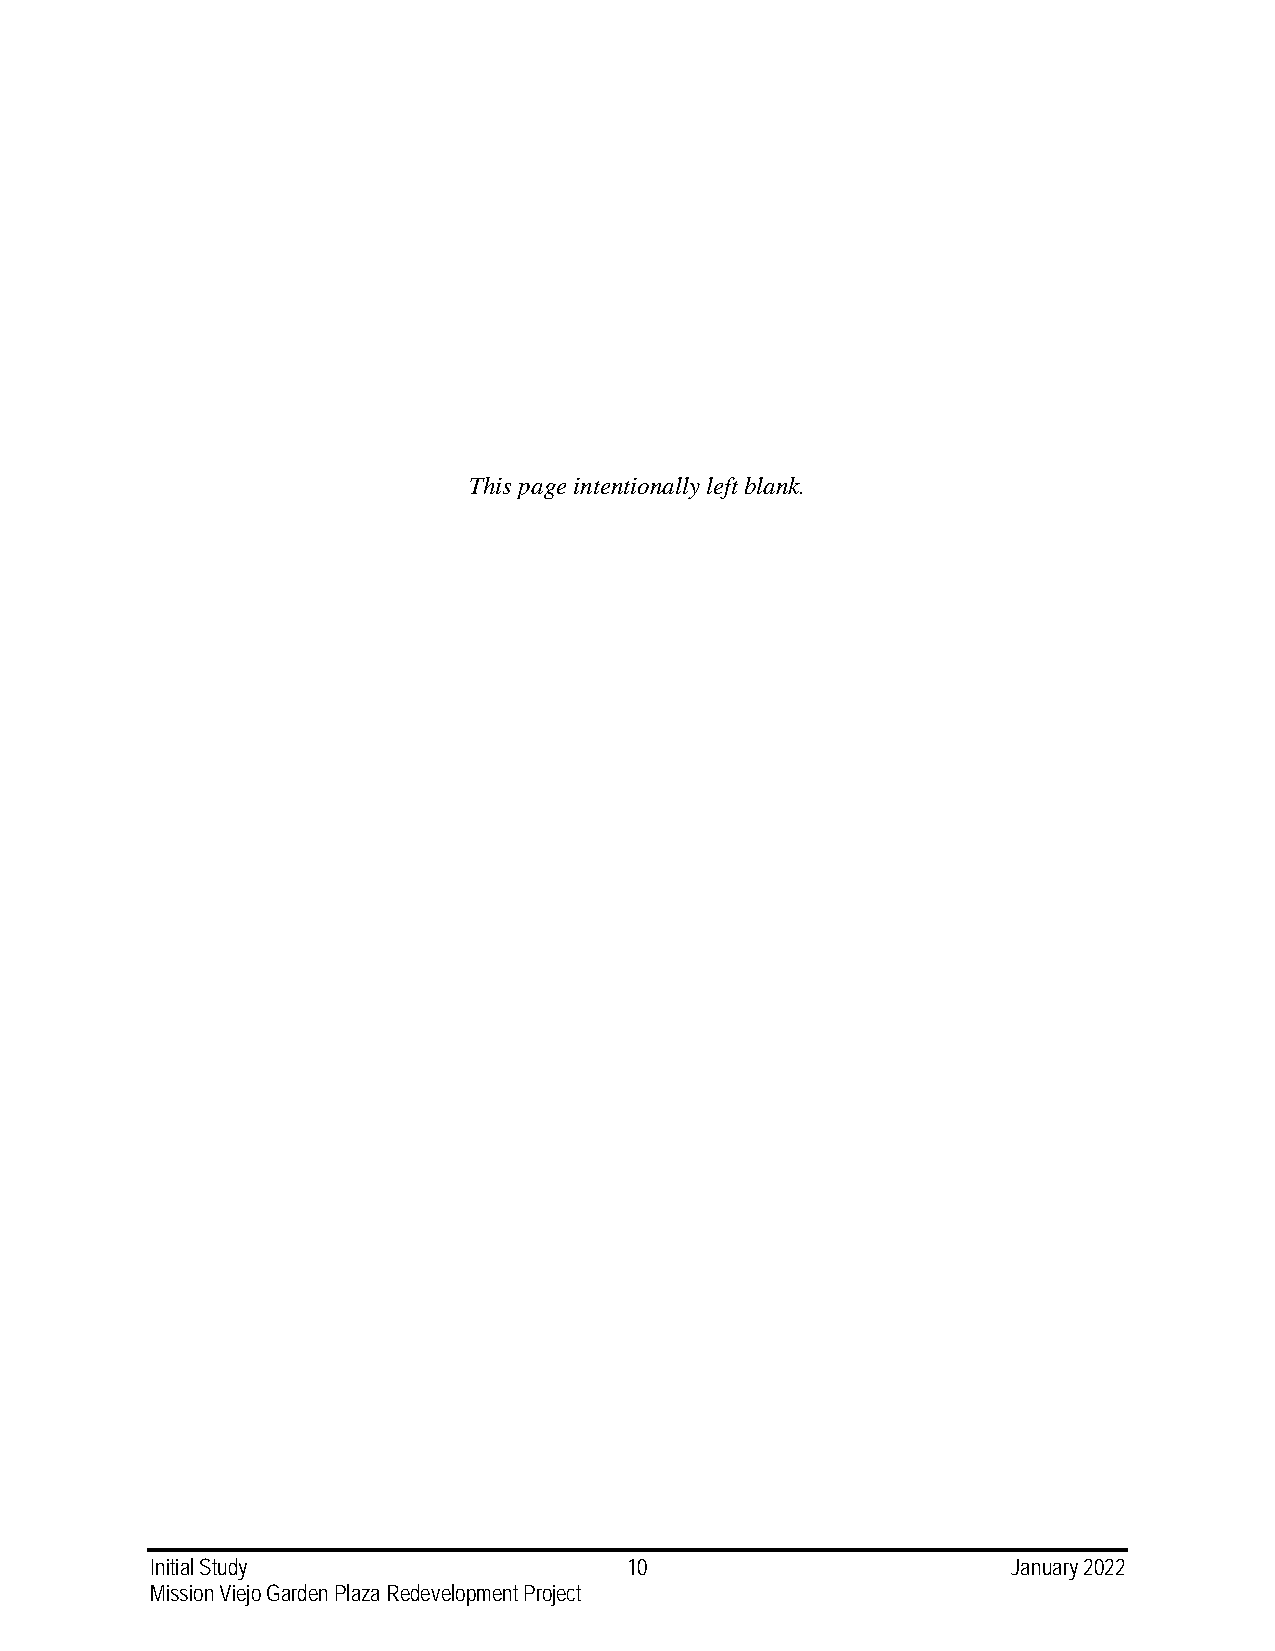
This page intentionally left blank.
 Initial Study                   10                       January 2022
 Mission Viejo Garden Plaza Redevelopment Project